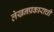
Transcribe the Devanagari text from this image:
लेखनप्रकाराची